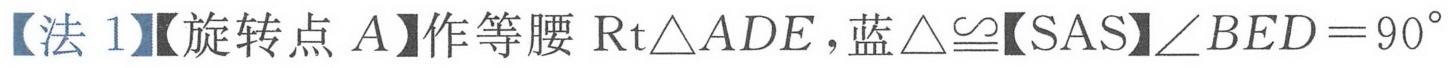
【法1】【旋转点\(A\)】作等腰\(\text{Rt}\triangle ADE\)，蓝\(\triangle\cong\)【SAS】\(\angle BED = 90^{\circ}\)